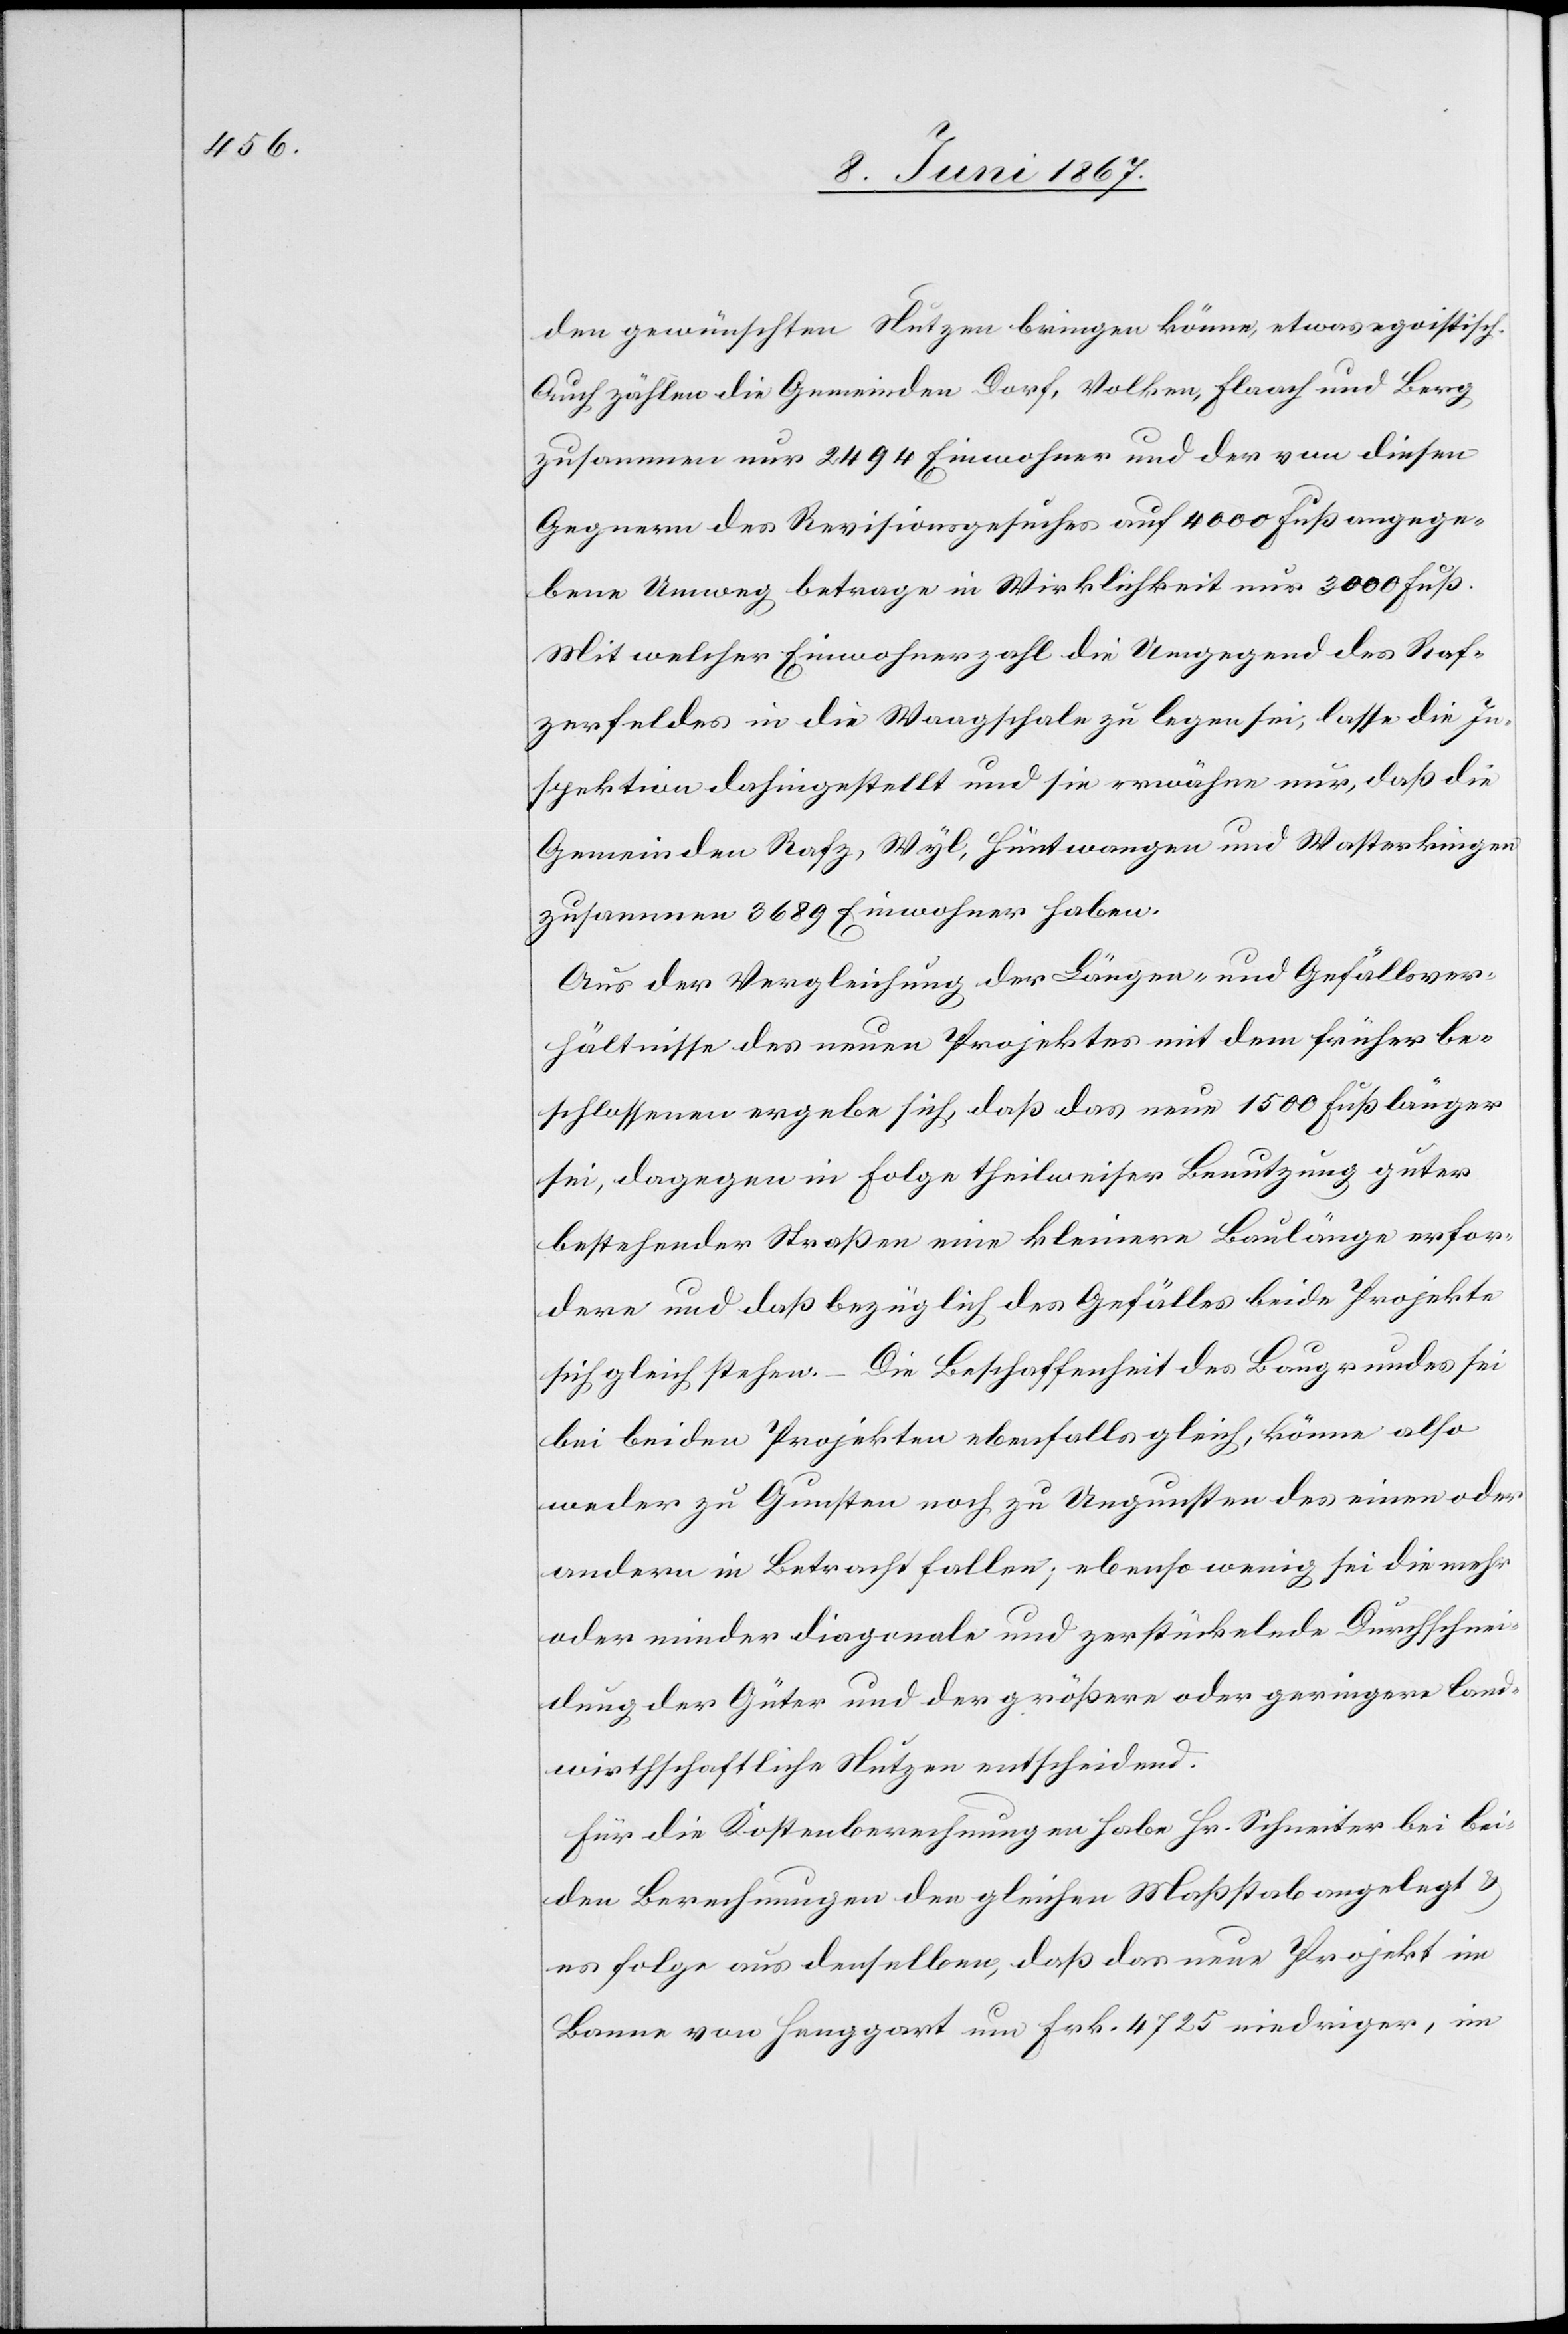
den gewünschten Nutzen bringen könne, etwas egoistisch.
Auch zählen die Gemeinden Dorf, Volken, Flaach und Berg
zusammen nur 2494 Einwohner und der von diesen
Gegnern des Revisionsgesuches auf 4000 Fuß angege¬
bene Umweg betrage in Wirklichkeit nur 3000 Fuß.
Mit welcher Einwohnerzahl die Umgegend des Raf¬
zerfeldes in die Waagschale zu legen sei, lasse die In¬
spektion dahingestellt und sie erwähne nur, daß die
Gemeinden Rafz, Wyl, Hüntwangen und Wasterkingen
zusammen 3689 Einwohner haben.
Aus der Vergleichung der Längen- und Gefällsver¬
hältnisse des neuen Projektes mit dem früher be¬
schlossenen ergebe sich, daß das neue 1500 Fuß länger
sei, dagegen in Folge theilweiser Benutzung guter
bestehender Straßen eine kleinere Baulänge erfor¬
dere und daß bezüglich des Gefälles beide Projekte
sich gleich stehen. – Die Beschaffenheit des Baugrundes sei
bei beiden Projekten ebenfalls gleich, könne also
weder zu Gunsten noch zu Ungunsten des einen oder
andern in Betracht fallen, ebenso wenig sei die mehr
oder minder diagonale und zerstückelnde Durchschnei¬
dung der Güter und der größere oder geringere land¬
wirtschaftliche Nutzen entscheidend.
Für die Kostenberechnungen habe Hr. Schneiter bei bei¬
den Berechnungen den gleichen Maßstab angelegt u.
es folge aus denselben, daß das neue Projekt im
Banne von Henggart um Frk. 4725 niedriger, im